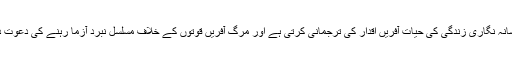
ان کی افسانہ نگاری زندگی کی حیات آفریں اقدار کی ترجمانی کرتی ہے اور مرگ آفریں قوتوں کے خلاف مسلسل نبرد آزما رہنے کی دعوت دیتی ہے۔